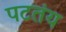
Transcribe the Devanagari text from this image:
पटतंय